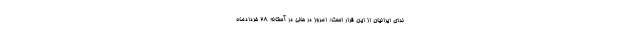
ندای ایرانیان از این قرار است: امروز در حالی در آستانه 28 خردادماه